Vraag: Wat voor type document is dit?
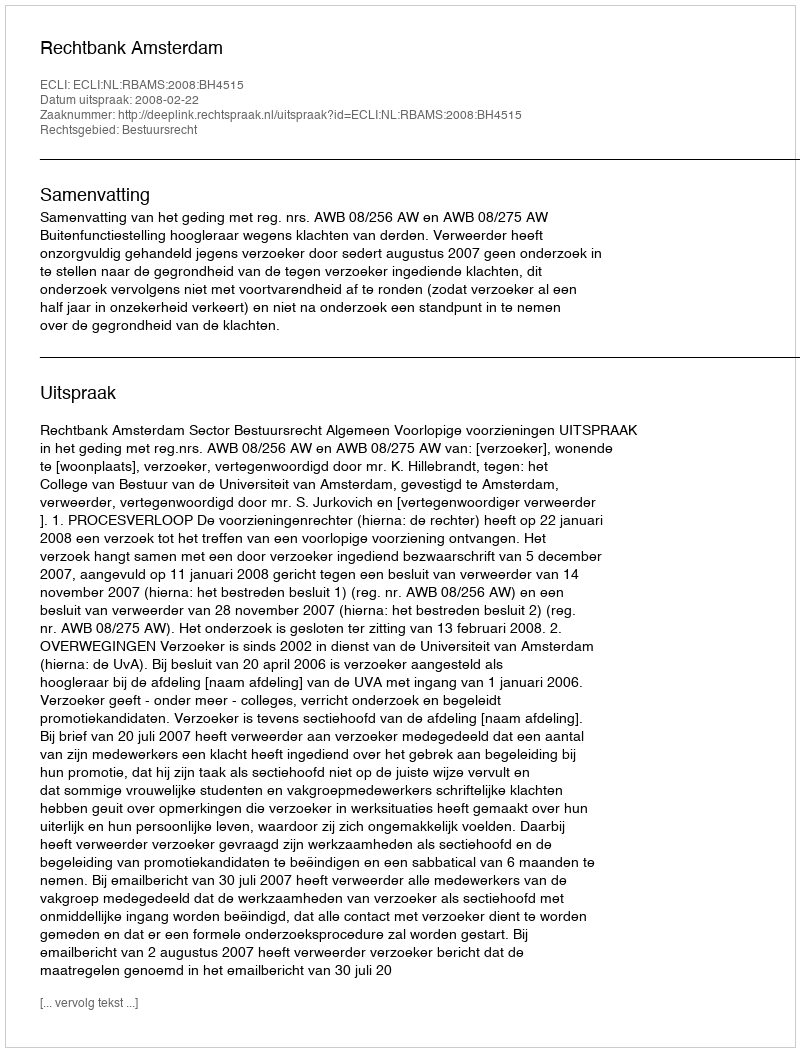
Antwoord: Uitspraak